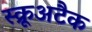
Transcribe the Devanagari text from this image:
स्क्रूअटैक